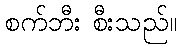
စက်ဘီး စီးသည်။